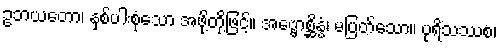
ဥဘယတော၊ နှစ်ပါးစုံသော အဖို့တို့ဖြင့်။ အဗ္ဗောစ္ဆိန္နံ၊ မပြတ်သော။ ပုရိသဿစ၊